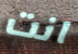
انت